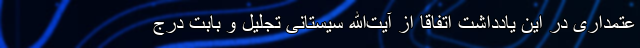
عتمداری در این یادداشت اتفاقا از آیت‌الله سیستانی تجلیل و بابت درج